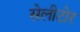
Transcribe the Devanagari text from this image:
सेलीटोर